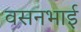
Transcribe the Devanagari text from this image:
वसनभाई